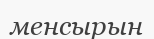
менсырын